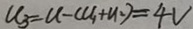
u _ { 3 } = u - ( u _ { 1 } + u _ { 2 } ) = 4 v